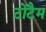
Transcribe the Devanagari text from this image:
टोटैम